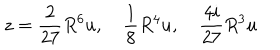
z = \frac { 2 } { 2 7 } R ^ { 6 } u , \quad \frac { 1 } { 8 } R ^ { 4 } u , \quad \frac { 4 i } { 2 7 } R ^ { 3 } u